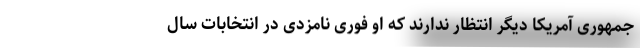
جمهوری آمریکا دیگر انتظار ندارند که او فوری نامزدی در انتخابات سال